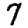
Digit: 7